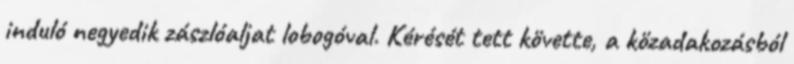
induló negyedik zászlóaljat lobogóval. Kérését tett követte, a közadakozásból